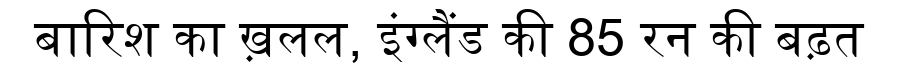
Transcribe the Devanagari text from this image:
बारिश का ख़लल, इंग्लैंड की 85 रन की बढ़त